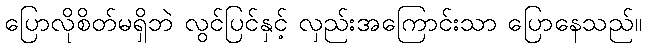
ပြောလိုစိတ်မရှိဘဲ လွင်ပြင်နှင့် လှည်းအကြောင်းသာ ပြောနေသည်။